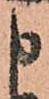
申